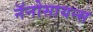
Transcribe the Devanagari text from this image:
नॅनोसायन्स